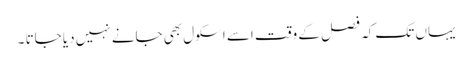
یہاں تک کہ فصل کے وقت اسے اسکول بھی جانے نہیں دیا جاتا ۔